Lunatic asylums United Provinces 1899-1908 - 1899-1908
Year: 1899
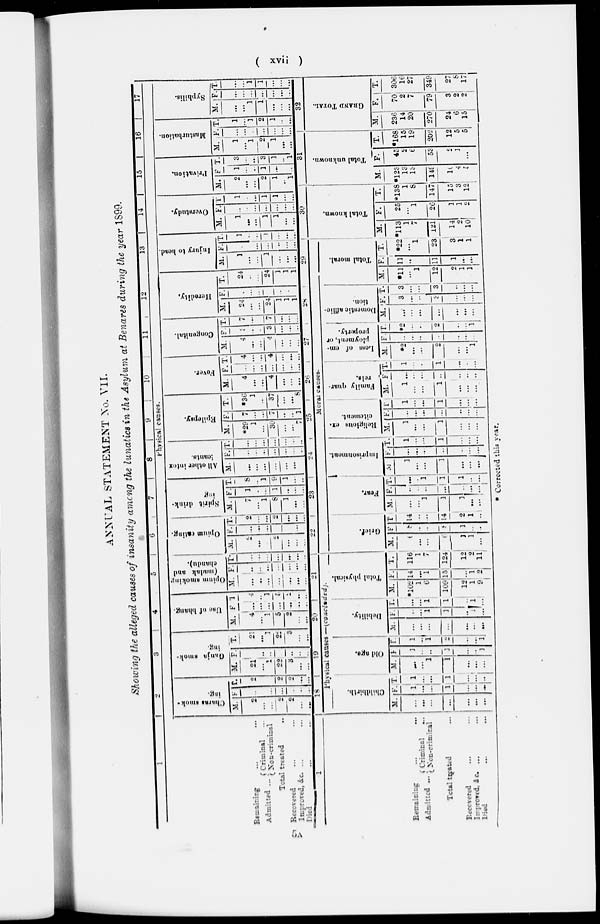
( xvii )
ANNUAL STATEMENT No. VII.
Showing the alleged causes of insanity among the lunatics in the Asylum at Benares daring the year 1899.
1
2
3
4
5
6
7
8
9
10
11
12
13
14
15
16
17
Physical causes.
Remaining ... ...
Admitted ... Criminal ...
Non-criminal.
Total treated ...
Recovered ... ...
Improved, &c. ... ...
Died ... ...
Charas smok-
ing.
M.
2
...
...
2
2
...
...
F
...
...
...
...
...
...
...
T
2
...
...
2
2
...
...
Ganja
smok-
ing.
M.
21
...
1
22
3
...
...
F.
...
...
...
...
...
...
T.
21
...
1
22
3
...
...
Use of bhang.
M.
4
...
1
5
2
...
...
F
...
...
...
...
...
...
..
1
4
...
1
5
2
...
...
Opium smoking
(madak and
chandu).
M.
...
...
...
...
...
...
...
F.
...
...
...
...
...
...
...
T.
..
...
...
...
...
...
Opium eating.
M.
2
...
2
...
...
...
F.
...
...
...
...
...
...
...
T.
2
...
2
...
...
...
Spirit drink-
ing.
M.
7
...
1
8
1
...
...
F.
1
...
...
1
...
...
...
T.
8
..
1
9
1
...
...
All other intox-
ication.
M.
...
...
...
...
...
...
F.
...
...
...
...
...
...
...
T.
...
...
...
...
...
...
...
Epilepsy.
M.
*29
1
...
30
7
F.
7
...
...
7
...
...
1
T.
*36
1
...
37
...
...
8
Fever.
M.
4
...
...
4
...
...
...
F.
...
...
...
...
...
...
...
T.
4
...
...
4
...
...
...
Congenital.
M.
...
...
...
4
...
...
...
F.
3
...
...
3
...
...
...
T.
7
...
...
7
...
...
...
Heredity.
M.
24
...
...
24
1
1
1
F.
...
...
...
...
...
...
...
T.
24
...
...
24
1
1
1
Injury to head.
M.
1
...
...
1
...
...
...
F.
...
...
...
..
...
...
T.
1
...
...
1
...
...
...
Overstudy.
M.
1
...
...
1
1
...
...
F.
...
...
...
...
...
...
...
T
1
...
...
1
1
...
...
Privation.
M.
2
...
...
2
1
...
1
F
1
...
...
1
...
...
...
T.
3
...
3
1
..
1
Masturbation.
M.
1
...
1
2
1
...
...
F.
...
...
...
...
...
...
...
T.
1
...
1
2
1
...
...
Syphilis.
M.
...
...
1
1
...
...
...
F.
...
...
...
...
...
...
T.
...
...
1
1
...
...
...
1
Remaining ... ...
Admitted ... * Criminal ...
Non-criminal
Total treated
...
Recovered
...
...
Improved & c. ...
...
Died
...
...
18
19
20
|
21
Physical causes —(concluded).
Childbirth.
M.
...
...
...
...
...
...
...
F.
1
...
...
1
...
...
...
T.
1
...
...
1
...
...
...
Old age.
M.
...
...
1
1
...
...
...
F.
1
...
...
1
..
1
T.
1
...
1
2
...
...
1
Debility.
M.
...
...
...
...
...
...
...
F.
...
...
1
1
...
...
...
T.
...
...
1
1
...
1
...
Total physical.
M.
*102
1
6
109
12
1
9
F.
14
...
1
15
...
1
2
T.
116
1
7
124
12
2
11
22
23
24
25
26
27
28
29
Moral causes-
Grief.
M.
6
...
...
6
1
1
...
F
8
...
...
8
1
...
...
T.
14
...
...
14
2
1
...
Fear.
M.
...
...
1
1
1
...
...
F.
...
...
...
...
...
...
...
T.
...
...
1
1
1
...
...
Imprisonment.
M.
1
...
...
1
...
...
...
F.
...
...
...
...
...
...
...
T.
1
...
...
1
...
...
...
Religious ex-
citement.
M.
1
...
...
1
...
...
...
F.
...
...
...
...
...
...
...
T
1
...
...
1
...
...
...
Family quar-
rels.
M.
1
...
...
1
...
...
...
F.
...
...
...
...
...
...
...
T.
1
...
...
1
...
...
...
Loss of em-
ployment, or
property.
M.
*2
...
...
2
...
...
1
F.
...
...
...
...
...
...
...
T.
*2
...
...
2
...
...
1
Domestic
afflic-
tion.
M.
...
...
...
...
...
...
...
F.
3
...
...
3
...
...
...
T.
3
...
...
3
...
...
...
Total moral.
M.
*11
...
1
12
2
1
1
F.
11
...
...
11
1
...
...
T.
*22
...
1
23
3
1
1
30
Total known.
M.
*113
1
7
121
14
2
10
F.
25
...
1
26
1
1
2
T.
*138
1
8
147
15
3
12
31
Total unknown.
M.
*123
13
13
149
10
4
5
F.
45
2
6
53
2
3
...
T.
*168
15
19
202
12
5
5
32
GRAND
TOTAL.
M.
236
14
20
270
24
6
15
F.
70
2
7
79
3
9
2
T.
306
16
27
349
27
8
17
* Corrected this year.
5A